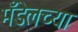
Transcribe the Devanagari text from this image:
मँडेलच्या